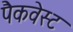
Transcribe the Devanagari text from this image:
पैकवेस्ट